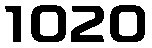
1020